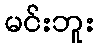
မင်းဘူး